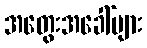
အတွေးအခေါ်များ